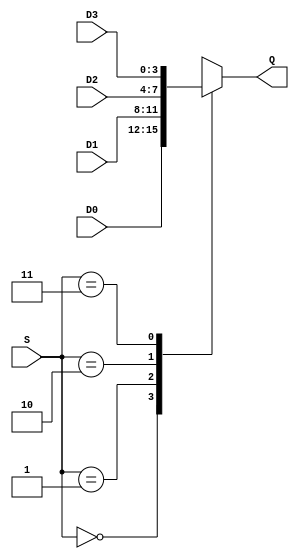
module mux4a1Bus(
    input [3:0] D0, D1, D2, D3,
    input [1:0] S,
    output reg [3:0] Q);

always @ (*) begin
    case(S)
        2'b00: Q = D0;
        2'b01: Q = D1;
        2'b10: Q = D2;
        2'b11: Q = D3;
    endcase
end

endmodule